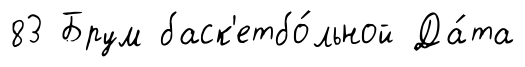
83 Брум баск'етбо́льной Да́та